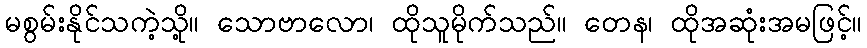
မစွမ်းနိုင်သကဲ့သို့။ သောဗာလော၊ ထိုသူမိုက်သည်။ တေန၊ ထိုအဆုံးအမဖြင့်။